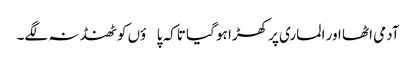
آدمی اٹھا اور الماری پر کھڑا ہو گیا تاکہ پاؤں کو ٹھنڈ نہ لگے۔